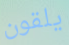
يلقون